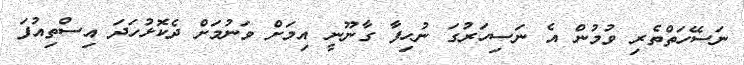
ނަސޭހަތްތެރި ވުމުން އެ ނަސިހަރުގަ ނުހިފާ ގާނޫނީ އިމަށް ވަނުމަށް ދެކޮޅުހަދަ އިސްތިއުފަ